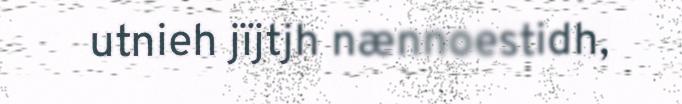
utnieh jïjtjh nænnoestidh,